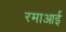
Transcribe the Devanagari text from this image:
रमाआई